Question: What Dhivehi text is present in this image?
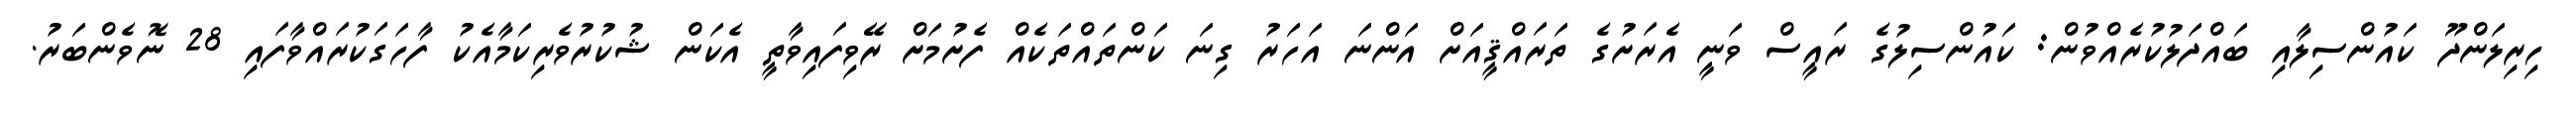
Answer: ހިރިލަންދޫ ކައުންސިލާއި ބައްދަލުކުރެއްވުން: ކައުންސިލުގެ ރައީސް ވަނީ އެރަށުގެ ތަރައްޤީއަށް އަންނަ އަހަރު ގިނަ ކަންތައްތަކެއް ފެށުމަށް ރޭވިފައިވާތީ އެކަން ޝުކުރުވެރިކަމާއެކު ފާހަގަކުރައްވާފައި 28 ނޮވެންބަރު.